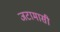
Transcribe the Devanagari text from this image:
जटामासी